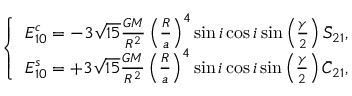
\left\{ \begin{array} { c } { E _ { 1 0 } ^ { c } = - 3 \sqrt { 1 5 } \frac { G M } { R ^ { 2 } } \left( \frac { R } { a } \right) ^ { 4 } \sin i \cos i \sin \left( \frac { \gamma } { 2 } \right) \bar { S } _ { 2 1 } , } \\ { E _ { 1 0 } ^ { s } = + 3 \sqrt { 1 5 } \frac { G M } { R ^ { 2 } } \left( \frac { R } { a } \right) ^ { 4 } \sin i \cos i \sin \left( \frac { \gamma } { 2 } \right) \bar { C } _ { 2 1 } , } \end{array} \right.